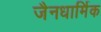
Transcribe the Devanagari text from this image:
जैनधार्मिक